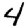
Digit: 4